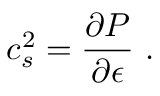
c _ { s } ^ { 2 } = { \frac { \partial P } { \partial \epsilon } } \ .